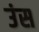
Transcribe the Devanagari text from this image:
उंस